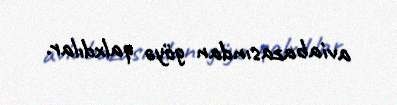
aviabazasından göyə qalxdılar.